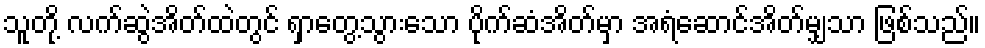
သူတို့ လက်ဆွဲအိတ်ထဲတွင် ရှာတွေ့သွားသော ပိုက်ဆံအိတ်မှာ အရံဆောင်အိတ်မျှသာ ဖြစ်သည်။